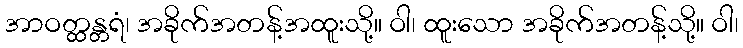
အာဝတ္ထန္တရံ၊ အခိုက်အတန့်အထူးသို့။ ဝါ၊ ထူးသော အခိုက်အတန့်သို့။ ဝါ၊